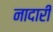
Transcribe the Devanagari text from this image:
नादारी